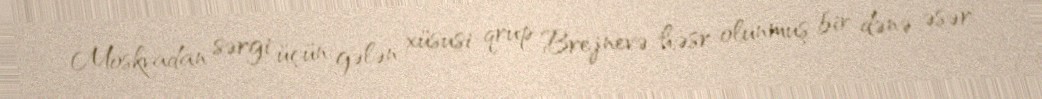
Moskvadan sərgi üçün gələn xüsusi qrup Brejnevə həsr olunmuş bir dənə əsər